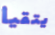
يتقيأ